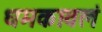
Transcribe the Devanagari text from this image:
धमकावलं